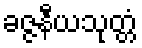
ခဇ္ဇနီယသုတ္တံ